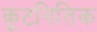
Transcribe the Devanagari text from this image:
कूटनितिक